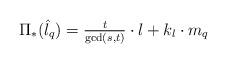
LaTeX: \begin{align*}\Pi_*(\hat{l}_q)=\tfrac{t}{\mathrm{gcd}(s,t)}\cdot l+k_l\cdot m_q\end{align*}